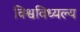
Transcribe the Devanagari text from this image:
विश्वविध्यल्य